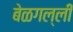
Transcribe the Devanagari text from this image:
बेळगल्ली